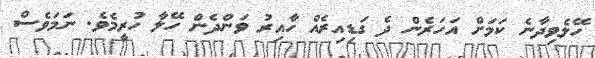
ހޭލެވިދާނެ ކަމަށް އަހަރެން ދެ ގަޑިއިރެއް ހާއިރު ވަންދެން ހޭލާ ހުރީމެވެ. ނަމަވެސް